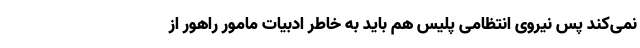
نمی‌کند پس نیروی انتظامی پلیس هم باید به خاطر ادبیات مامور راهور از